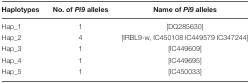
<table><thead><tr><td><b>Haplotypes</b></td><td><b>No. of <i>Pi9</i> alleles</b></td><td><b>Name of <i>Pi9</i> alleles</b></td></tr></thead><tbody><tr><td>Hap_1</td><td>1</td><td>[DQ285630]</td></tr><tr><td>Hap_2</td><td>4</td><td>[IRBL9-w, IC450108 IC449579 IC347244]</td></tr><tr><td>Hap_3</td><td>1</td><td>[IC449609]</td></tr><tr><td>Hap_4</td><td>1</td><td>[IC449695]</td></tr><tr><td>Hap_5</td><td>1</td><td>[IC450033]</td></tr></tbody></table>